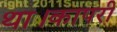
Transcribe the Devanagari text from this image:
था।कापरी